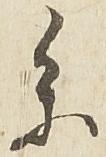
参